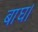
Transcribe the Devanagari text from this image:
बाघ।